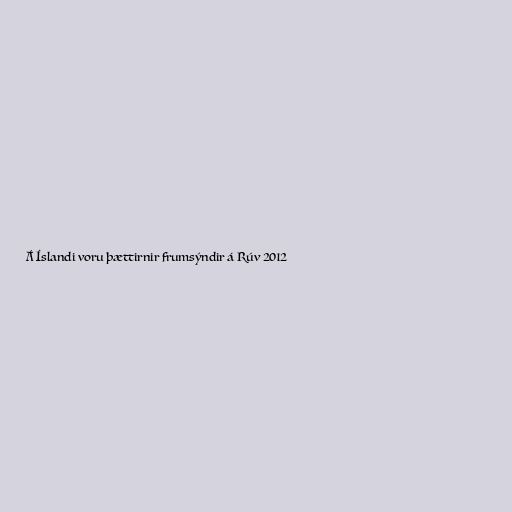
Á Íslandi voru þættirnir frumsýndir á Rúv 2012